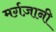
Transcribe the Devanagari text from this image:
मर्ग़ज़ानी